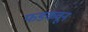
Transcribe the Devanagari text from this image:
फडकवून